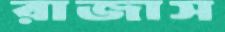
রাজাস